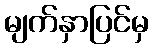
မျက်နှာပြင်မှ